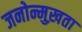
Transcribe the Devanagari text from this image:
जनोन्मुख़ता